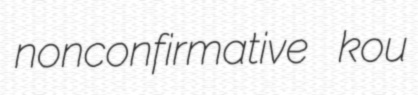
nonconfirmative kou